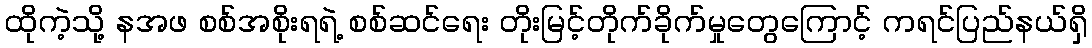
ထိုကဲ့သို့ နအဖ စစ်အစိုးရရဲ့ စစ်ဆင်ရေး တိုးမြင့်တိုက်ခိုက်မှုတွေကြောင့် ကရင်ပြည်နယ်ရှိ